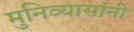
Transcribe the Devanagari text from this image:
मुनिव्यासांनी